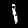
Digit: 1